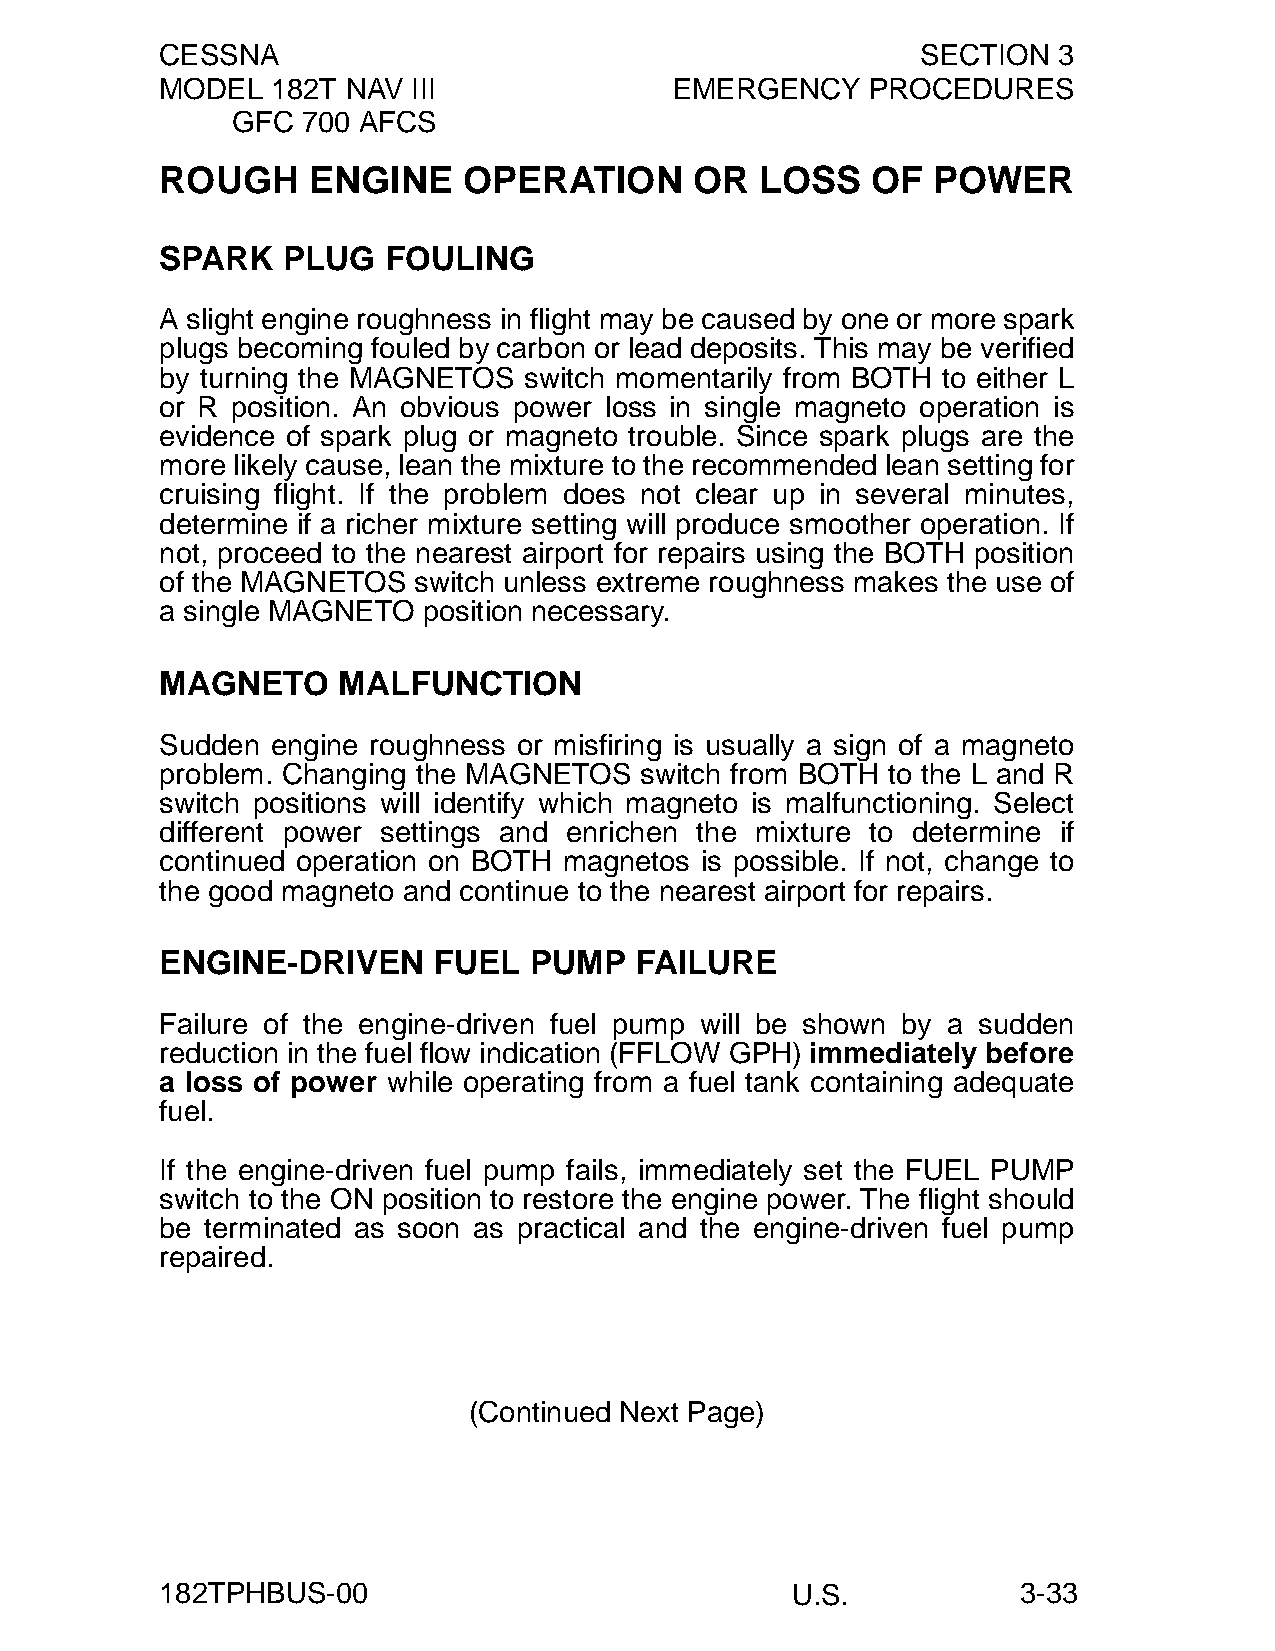
CESSNA                                            SECTION  3
 MODEL  182T NAV III               EMERGENCY    PROCEDURES
 GFC  700 AFCS
 ROUGH    ENGINE     OPERATION      OR  LOSS    OF  POWER
 SPARK   PLUG  FOULING
 A slight engine roughness in flight may be caused by one or more spark
 plugs becoming fouled by carbon or lead deposits. This may be verified
 by turning the MAGNETOS switch momentarily from BOTH to either L
 or R position. An obvious power loss in single magneto operation is
 evidence of spark plug or magneto trouble. Since spark plugs are the
 more likely cause, lean the mixture to the recommended lean setting for
 cruising flight. If the problem does not clear up in several minutes,
 determine if a richer mixture setting will produce smoother operation. If
 not, proceed to the nearest airport for repairs using the BOTH position
 of the MAGNETOS switch unless extreme roughness makes the use of
 a single MAGNETO position necessary.
 MAGNETO    MALFUNCTION
 Sudden engine roughness or misfiring is usually a sign of a magneto
 problem. Changing the MAGNETOS switch from BOTH to the L and R
 switch positions will identify which magneto is malfunctioning. Select
 different power settings and enrichen the mixture to determine if
 continued operation on BOTH magnetos is possible. If not, change to
 the good magneto and continue to the nearest airport for repairs.
 ENGINE-DRIVEN     FUEL  PUMP   FAILURE
 Failure of the engine-driven fuel pump will be shown by a sudden
 reduction in the fuel flow indication (FFLOW GPH) immediately before
 a loss of power while operating from a fuel tank containing adequate
 fuel.
 If the engine-driven fuel pump fails, immediately set the FUEL PUMP
 switch to the ON position to restore the engine power. The flight should
 be terminated as soon as practical and the engine-driven fuel pump
 repaired.
 (Continued Next Page)
 182TPHBUS-00                             U.S.            3-33